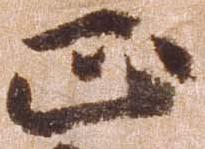
正